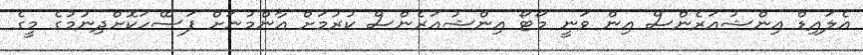
އެލައިޑް އިންޝުއަރެންސް އިން ވަނީ މޯޓޯ އިންޝުއަރެންސް ކުރުމަށް އާންމުނަށް ފަސޭހަކޮށްދިނުމުގެ މީގެ